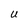
Character: U